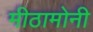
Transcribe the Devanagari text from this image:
मीठामोनी